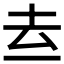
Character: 𱍑